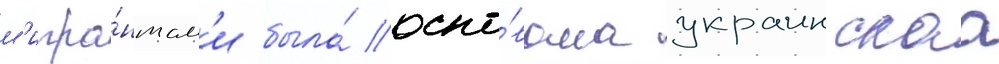
м'игра́нтам'и была́ осно́вана украинскаа